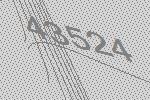
43524